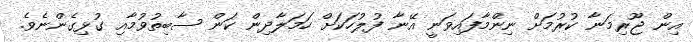
އިން ޖޫރިމަނާ ކުރުމަށް ނިންމާފައިވަނީ އޭނާ ފުލުހަކަށް ހަމަލާދިން ކަން ސާބިތުވުމާއި ގުޅިގެންނެވެ.